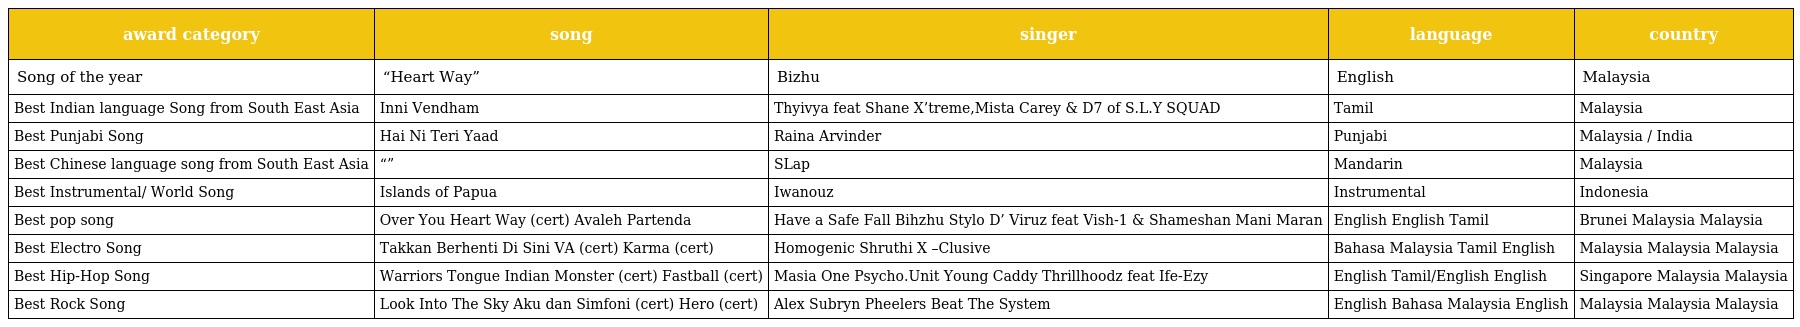
| award category | song | singer | language | country |
 | --- | --- | --- | --- | --- |
 | Song of the year | “Heart Way” | Bizhu | English | Malaysia |
 | Best Indian language Song from South East Asia | Inni Vendham | Thyivya feat Shane X’treme,Mista Carey & D7 of S.L.Y SQUAD | Tamil | Malaysia |
 | Best Punjabi Song | Hai Ni Teri Yaad | Raina Arvinder | Punjabi | Malaysia / India |
 | Best Chinese language song from South East Asia | “壞習慣” | SLap | Mandarin | Malaysia |
 | Best Instrumental/ World Song | Islands of Papua | Iwanouz | Instrumental | Indonesia |
 | Best pop song | Over You Heart Way (cert) Avaleh Partenda | Have a Safe Fall Bihzhu Stylo D’ Viruz feat Vish-1 & Shameshan Mani Maran | English English Tamil | Brunei Malaysia Malaysia |
 | Best Electro Song | Takkan Berhenti Di Sini VA (cert) Karma (cert) | Homogenic Shruthi X –Clusive | Bahasa Malaysia Tamil English | Malaysia Malaysia Malaysia |
 | Best Hip-Hop Song | Warriors Tongue Indian Monster (cert) Fastball (cert) | Masia One Psycho.Unit Young Caddy Thrillhoodz feat Ife-Ezy | English Tamil/English English | Singapore Malaysia Malaysia |
 | Best Rock Song | Look Into The Sky Aku dan Simfoni (cert) Hero (cert) | Alex Subryn Pheelers Beat The System | English Bahasa Malaysia English | Malaysia Malaysia Malaysia |